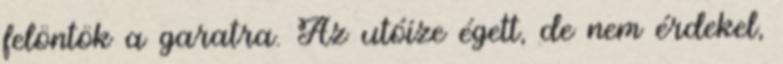
felöntök a garatra. Az utóíze égett, de nem érdekel,